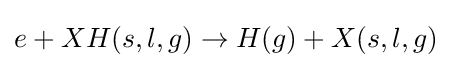
e+XH(s,l,g)\rightarrow H(g)+X(s,l,g)